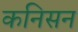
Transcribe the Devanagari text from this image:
कनिसन